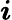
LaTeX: \boldsymbol{i}